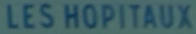
LES HOPITAUX